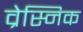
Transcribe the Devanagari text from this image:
व्रेस्निक